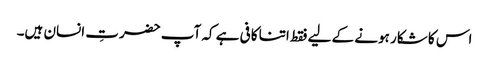
اس کا شکار ہونے کے لیے فقط اتنا کافی ہے کہ آپ حضرتِ انسان ہیں۔